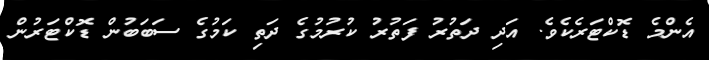
އެންމެ ޑޮކްޓަރެކެވެ. އަދި ދަތުރު ފަތުރު ކުރުމުގެ ދަތި ކަމުގެ ސަބަބުން ޑޮކްޓަރުން